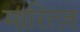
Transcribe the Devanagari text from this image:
मारित्ज़